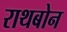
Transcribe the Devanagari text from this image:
राथबोन